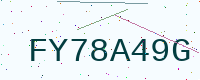
Text: FY78A49G